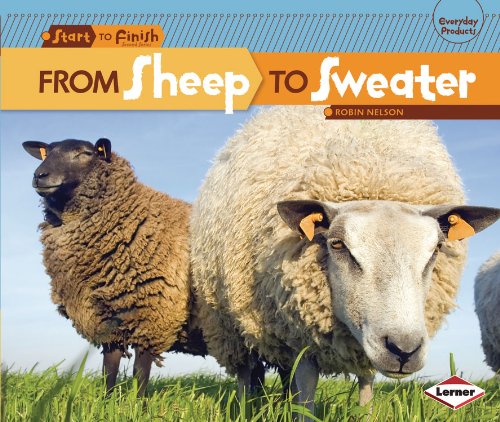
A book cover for From Sheep To Sweater (Start to Finish, Second Series: Everyday Products); Robin Nelson; Children's Books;